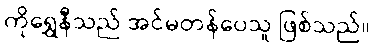
ကိုရွှေနီသည် အင်မတန်ပေသူ ဖြစ်သည်။